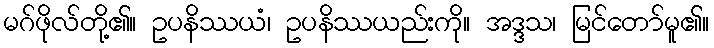
မဂ်ဖိုလ်တို့၏။ ဥပနိဿယံ၊ ဥပနိဿယည်းကို။ အဒ္ဒသ၊ မြင်တော်မူ၏။